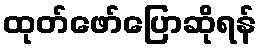
ထုတ်ဖော်ပြောဆိုရန်